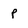
Character: P